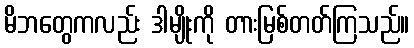
မိဘတွေကလည်း ဒါမျိုးကို တားမြစ်တတ်ကြသည်။